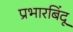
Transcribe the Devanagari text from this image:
प्रभारबिंदू